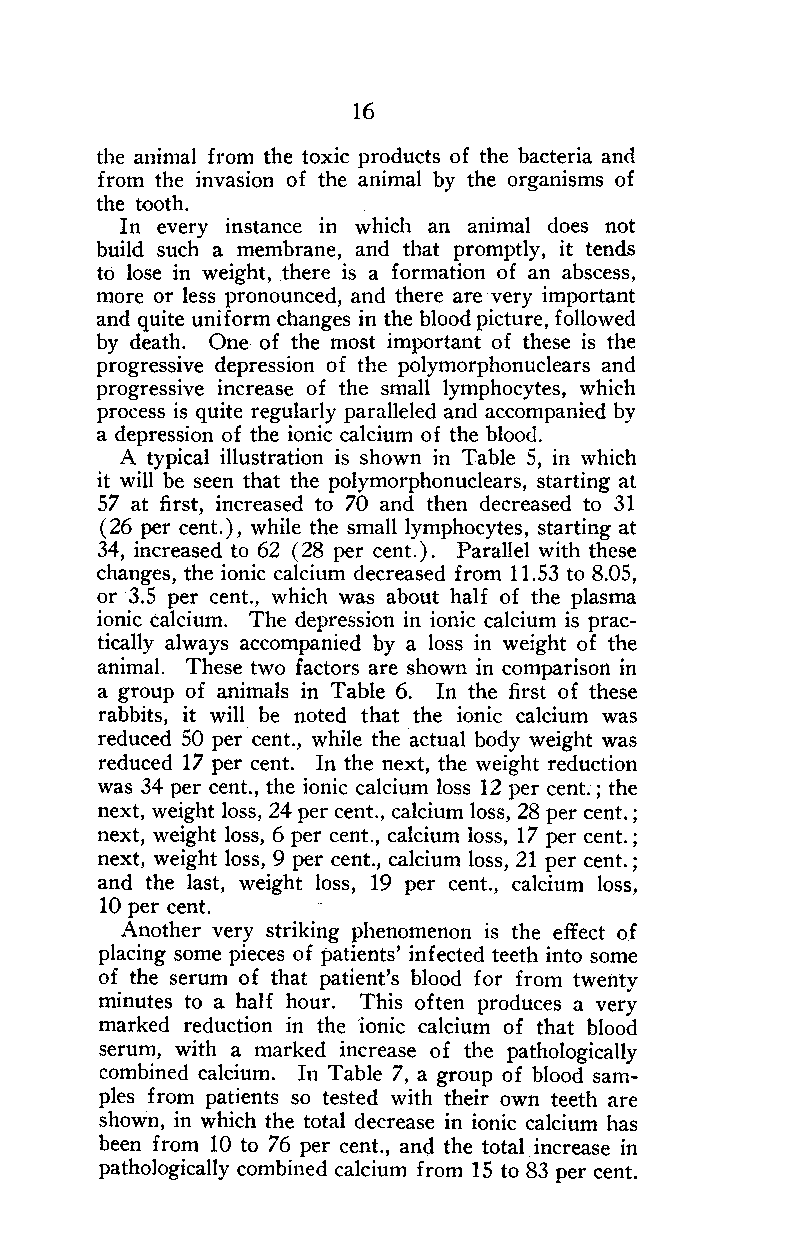
16
 the animal from the toxic products of the bacteria and
 from the invasion of the animal by the organisms of
 the tooth.
 In every instance in which an animal does not
 build such a membrane, and that promptly, it tends
 to lose in weight, there is a formation of an abscess,
 more or less pronounced, and there are very important
 and quite uniform changes in the blood picture, followed
 by death. One of the most important of these is the
 progressive depression of the polymorphonuclears and
 progressive increase of the small lymphocytes, which
 process is quite regularly paralleled and accompanied by
 a depression of the ionic calcium of the blood.
 A typical illustration is shown in Table 5, in which
 it will be seen that the polymorphonuclears, starting at
 57 at first, increased to 70 and then decreased to 31
 (26 per cent.), while the small lymphocytes, starting at
 34, increased to 62 ( 28 per cent. ) .Parallel with these
 changes, the ionic calcium decreased from 11.53 to 8.05,
 or 3.5 per cent., which was about half of the plasma
 ionic calcium. The depression in ionic calcium is prac-
 tically always accompanied by a loss in weight of the
 animal. These two factors are shown in comparison in
 a group of animals in Table 6. In the first of these
 rabbits, it will be noted that the ionic calcium was
 reduced 50 per cent., while the actual body weight was
 reduced 17 per cent. In the next, the weight reduction
 was 34 per cent., the ionic calcium loss 12 per cent. ; the
 next, weight loss, 24 per cent., calcium loss, 28 per cent. ;
 next, weight loss, 6 per cent., calcium loss, 17 per cent. ;
 next, weight loss, 9 per cent., calcium loss, 21 per cent. ;
 and the last, weight loss, 19 per cent., calcium loss,
 10 per cent.
 Another very striking phenomenon is the effect of
 placing some pieces of patients' infected teeth into some
 of the serum of that patient's blood for from twenty
 minutes to a half hour. This often produces a very
 marked reduction in the ionic calcium of that blood
 serum, with a marked increase of the pathologically
 combined calcium. In Table 7, a group of blood sam-
 ples from patients so tested with their own teeth are
 shown, in which the total decrease in ionic calcium has
 been from 10 to 76 per cent., and the total increase in
 pathologically combined calcium from 15 to 83 per cent.